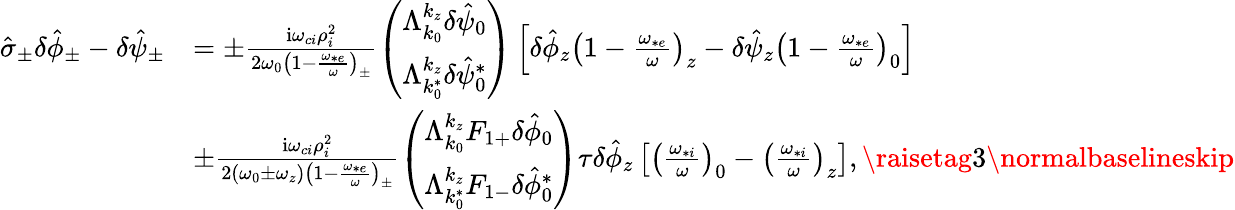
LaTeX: \begin{array}{rl}{\hat{\sigma}_{\pm}\delta\hat{\phi}_{\pm}-\delta\hat{\psi}_{\pm}}&{=\pm\frac{\mathrm{i}\omega_{ci}\rho_{i}^{2}}{2\omega_{0}\left(1-\frac{\omega_{*e}}{\omega}\right)_{\pm}}\left(\begin{array}{c}{\Lambda_{k_{0}}^{k_{z}}\delta\hat{\psi}_{0}}\\ {\Lambda_{k_{0}^{*}}^{k_{z}}\delta\hat{\psi}_{0}^{*}}\end{array}\right)\left[\delta\hat{\phi}_{z}\left(1-\frac{\omega_{*e}}{\omega}\right)_{z}-\delta\hat{\psi}_{z}\left(1-\frac{\omega_{*e}}{\omega}\right)_{0}\right]}\\ &{\pm\frac{\mathrm{i}\omega_{ci}\rho_{i}^{2}}{2\left(\omega_{0}\pm\omega_{z}\right)\left(1-\frac{\omega_{*e}}{\omega}\right)_{\pm}}\left(\begin{array}{c}{\Lambda_{k_{0}}^{k_{z}}F_{1+}\delta\hat{\phi}_{0}}\\ {\Lambda_{k_{0}^{*}}^{k_{z}}F_{1-}\delta\hat{\phi}_{0}^{*}}\end{array}\right)\tau\delta\hat{\phi}_{z}\left[\left(\frac{\omega_{*i}}{\omega}\right)_{0}-\left(\frac{\omega_{*i}}{\omega}\right)_{z}\right],\raisetag{3\normalbaselineskip}}\end{array}